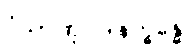
ဝိညာဏုပါဒါနက္ခန္ဓေ